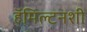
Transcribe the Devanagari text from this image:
हॅमिल्टनशी